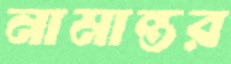
নামান্তর